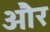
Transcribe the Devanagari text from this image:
ओेैर